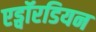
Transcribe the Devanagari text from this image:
एड्वॉरडियन